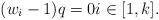
LaTeX: \begin{align*}(w_i -1) q = 0 i \in [1,k].\end{align*}